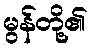
မွန်တို့၏